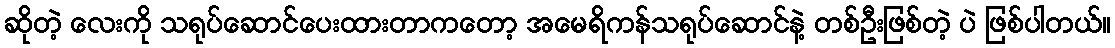
ဆိုတဲ့ လေးကို သရုပ်ဆောင်ပေးထားတာကတော့ အမေရိကန်သရုပ်ဆောင်နဲ့ တစ်ဦးဖြစ်တဲ့ ပဲ ဖြစ်ပါတယ်။